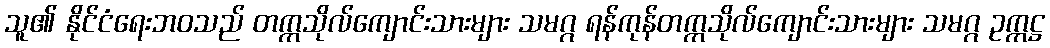
သူ၏ နိုင်ငံရေးဘဝသည် တက္ကသိုလ်ကျောင်းသားများ သမဂ္ဂ ရန်ကုန်တက္ကသိုလ်ကျောင်းသားများ သမဂ္ဂ ဥက္ကဋ္ဌ